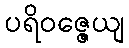
ပရိဝဇ္ဇေယျ